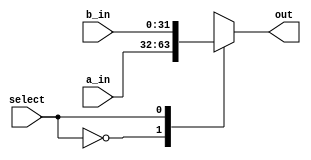
`timescale 1ns / 1ps
//////////////////////////////////////////////////////////////////////////////////
// Company: 
// Engineer: 
// 
// Design Name: 
// Module Name: mux2to1
// Project Name: 
// Target Devices: 
// Tool Versions: 
// Description: 
// 
// Dependencies: 
// 
// Revision:
// Revision 0.01 - File Created
// Additional Comments:
// 
//////////////////////////////////////////////////////////////////////////////////

module mux2to1(a_in, b_in, select, out);
input [31:0] a_in;
input [31:0] b_in;
input select;
output reg [31:0] out;

always@(a_in, b_in, select)
case(select)
    2'b0: out = a_in;
    2'b1: out = b_in;
    endcase

endmodule